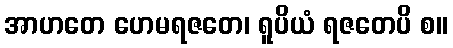
အာဟတေ ဟေမရဇတေ၊ ရူပိယံ ရဇတေပိ စ။